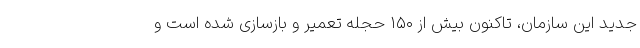
جدید این سازمان، تاکنون بیش از ۱۵۰ حجله تعمیر و بازسازی شده است و